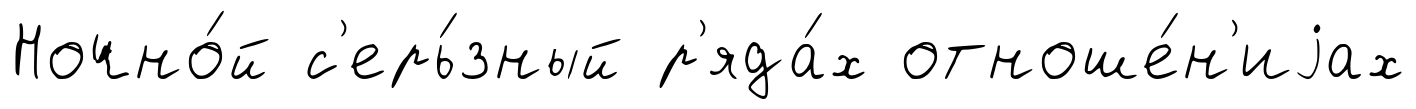
Ночно́й с'ерь́зный р'яда́х отноше́н'иjах